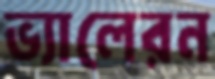
ভ্যালেরন